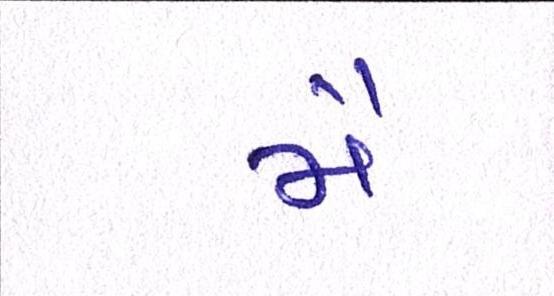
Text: મૈં